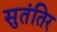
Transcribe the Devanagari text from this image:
सुतंतिर